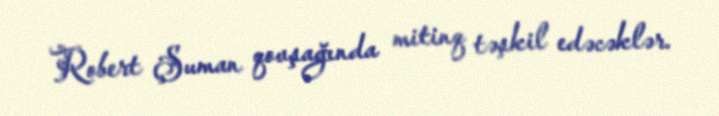
Robert Şuman qovşağında mitinq təşkil edəcəklər.